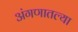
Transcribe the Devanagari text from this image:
अंगणातल्या